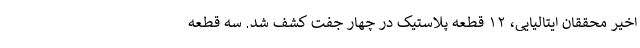
اخیر محققان ایتالیایی، ۱۲ قطعه پلاستیک در چهار جفت کشف شد. سه قطعه